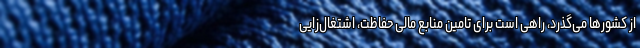
از کشورها می‌گذرد، راهی است برای تامین منابع مالی حفاظت، اشتغال‌زایی